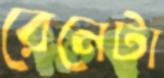
রেনেটা